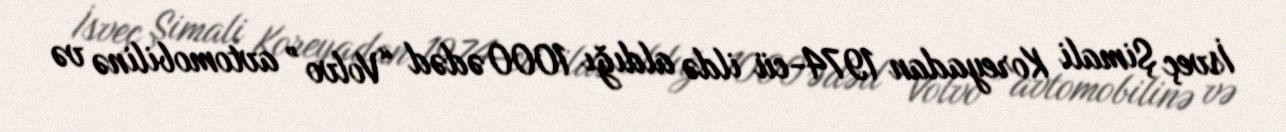
İsveç Şimali Koreyadan 1974-cü ildə aldığı 1000 ədəd “Volvo” avtomobilinə və